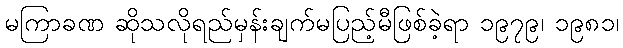
မကြာခဏ ဆိုသလိုရည်မှန်းချက်မပြည့်မီဖြစ်ခဲ့ရာ ၁၉၇၉၊ ၁၉၈၁၊